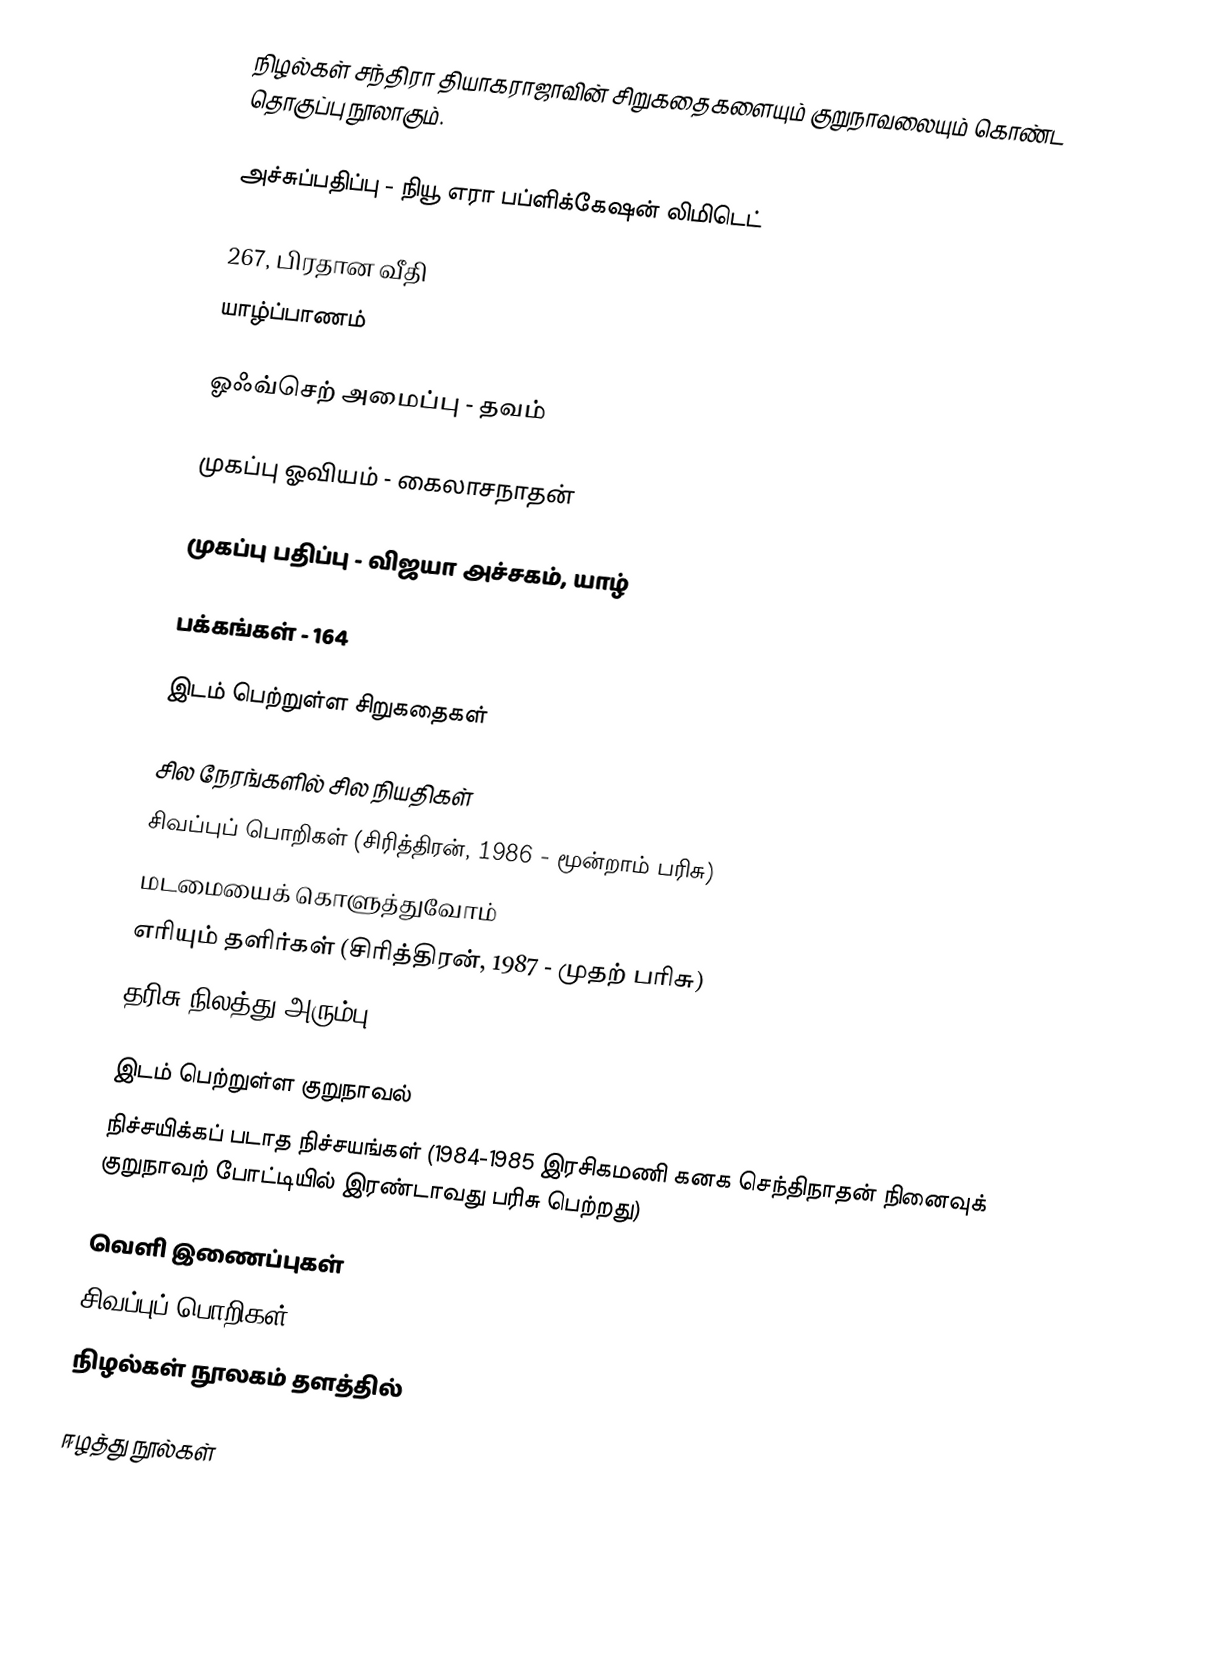
நிழல்கள் சந்திரா தியாகராஜாவின் சிறுகதைகளையும் குறுநாவலையும் கொண்ட தொகுப்பு நூலாகும்.

அச்சுப்பதிப்பு - நியூ எரா பப்ளிக்கேஷன் லிமிடெட்

267, பிரதான வீதி
யாழ்ப்பாணம்

ஓஃவ்செற் அமைப்பு - தவம்

முகப்பு ஓவியம் - கைலாசநாதன்

முகப்பு பதிப்பு - விஜயா அச்சகம், யாழ்

பக்கங்கள் - 164

இடம் பெற்றுள்ள சிறுகதைகள்

 சில நேரங்களில் சில நியதிகள்
 சிவப்புப் பொறிகள் (சிரித்திரன், 1986 - மூன்றாம் பரிசு)
 மடமையைக் கொளுத்துவோம்
 எரியும் தளிர்கள் (சிரித்திரன், 1987 - முதற் பரிசு)
 தரிசு நிலத்து அரும்பு

இடம் பெற்றுள்ள குறுநாவல்
 நிச்சயிக்கப் படாத நிச்சயங்கள் (1984-1985 இரசிகமணி கனக செந்திநாதன் நினைவுக் குறுநாவற் போட்டியில் இரண்டாவது பரிசு பெற்றது)

வெளி இணைப்புகள்
 சிவப்புப் பொறிகள்
 நிழல்கள் நூலகம் தளத்தில்

ஈழத்து நூல்கள்